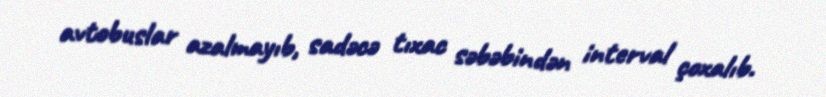
avtobuslar azalmayıb, sadəcə tıxac səbəbindən interval çoxalıb.